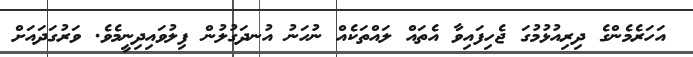
އަހަރެމެންގެ ދިރިއުޅުމުގަ ޖެހިފައިވާ އެތައް ލައްތަކެއް ނުހަނު އުނދަގުލުން ފިލުވައިދިނީމެވެ. ވަރުގަދައަށް